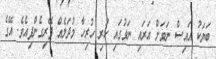
ބަޔަކު އައިސް ނަވަށް އަރައި ނަވުގައި ހުރި ހުރިހާ މުދަލެއް ފޭރިގެންފިއެވެ. އޭގެ